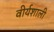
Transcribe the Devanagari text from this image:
वीर्यशाली